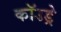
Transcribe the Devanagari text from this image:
कॉउड्रे